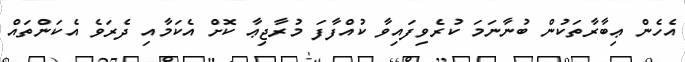
އެހެން ޢިބާރާތަކުން ބުނާނަމަ ކުރެވިފައިވާ ކުއްފާފަ މުރާޖިޢާ ކޮށް އެކަމާއި ދެރަވެ އެކަންތައް